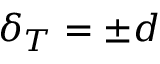
\delta _ { T } = \pm d